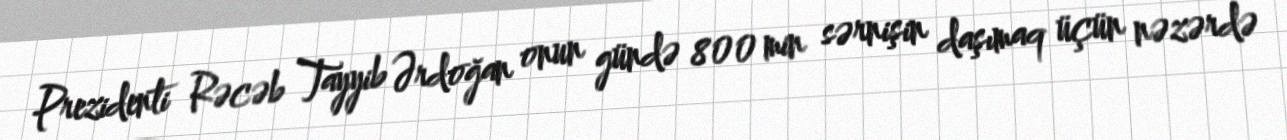
Prezidenti Rəcəb Tayyib Ərdoğan onun gündə 800 min sərnişin daşımaq üçün nəzərdə